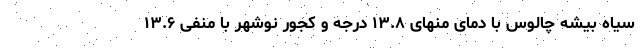
سیاه بیشه چالوس با دمای منهای ۱۳.۸ درجه و کجور نوشهر با منفی ۱۳.۶